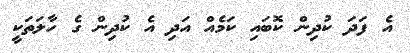
އެ ފަދަ ކުދިން ކޮބައި ކަމެއް އަދި އެ ކުދިން ގެ ހާލަތަކީ